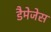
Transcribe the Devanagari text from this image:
डैमेजेस